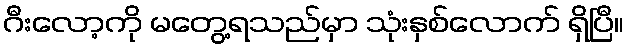
ဂီးလော့ကို မတွေ့ရသည်မှာ သုံးနှစ်လောက် ရှိပြီ။